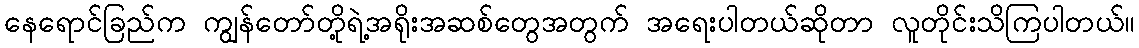
နေရောင်ခြည်က ကျွန်တော်တို့ရဲ့အရိုးအဆစ်တွေအတွက် အရေးပါတယ်ဆိုတာ လူတိုင်းသိကြပါတယ်။